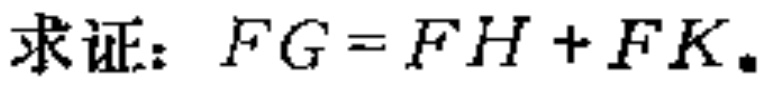
求证：\(FG = FH + FK\)。